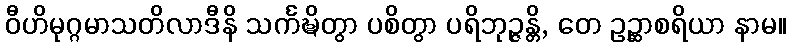
ဝီဟိမုဂ္ဂမာသတိလာဒီနိ သင်္ကဍ္ဎိတွာ ပစိတွာ ပရိဘုဉ္ဇန္တိ, တေ ဥဉ္ဆာစရိယာ နာမ။